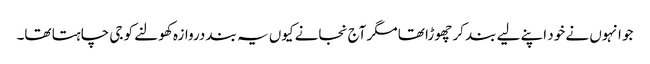
جو انہوں نے خود اپنے لیے بند کر چھوڑا تھا مگر آج نجانے کیوں یہ بند دروازہ کھولنے کو جی چاہتا تھا۔